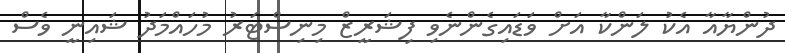
ދުންޔާއާ އެކު ލަންކާ އަށް ވަޑައިގެންނެވި ފިޝަރީޒް މިނިސްޓަރު މުހައްމަދު ޝައިނީ ވެސް